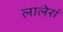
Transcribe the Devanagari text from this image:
लालेरां